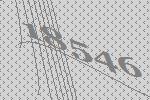
18546